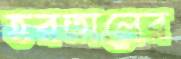
হরতালের